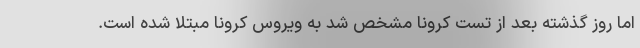
اما روز گذشته بعد از تست کرونا مشخص شد به ویروس کرونا مبتلا شده است.